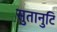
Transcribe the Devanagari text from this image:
सुतानुटि